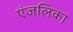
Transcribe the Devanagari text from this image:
एंजलिका